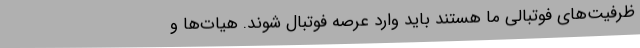
ظرفیت‌های فوتبالی ما هستند باید وارد عرصه فوتبال شوند. هیات‌ها و